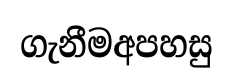
ගැනීමඅපහසු